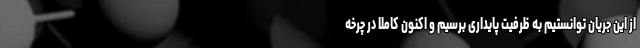
از این جریان توانستیم به ظرفیت پایداری برسیم و اکنون کاملاً در چرخه